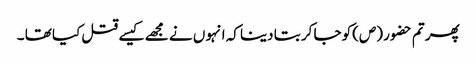
پھر تم حضو ر (ص)کو جا کر بتا دینا کہ انہو ں نے مجھے کیسے قتل کیا تھا ۔